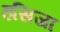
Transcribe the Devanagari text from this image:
हसिजा